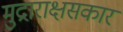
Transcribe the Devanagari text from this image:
मुद्राराक्षसकार